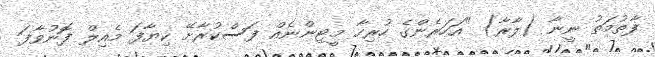
ފާތުމަތު ނީނާ (ލާރާ) "އަހަރެންގެ ހުރިހާ މީޓިންނެއް ފަސްކުރާށޭ ކިޔާފަ މެއިލް ފޮނުވާފަ